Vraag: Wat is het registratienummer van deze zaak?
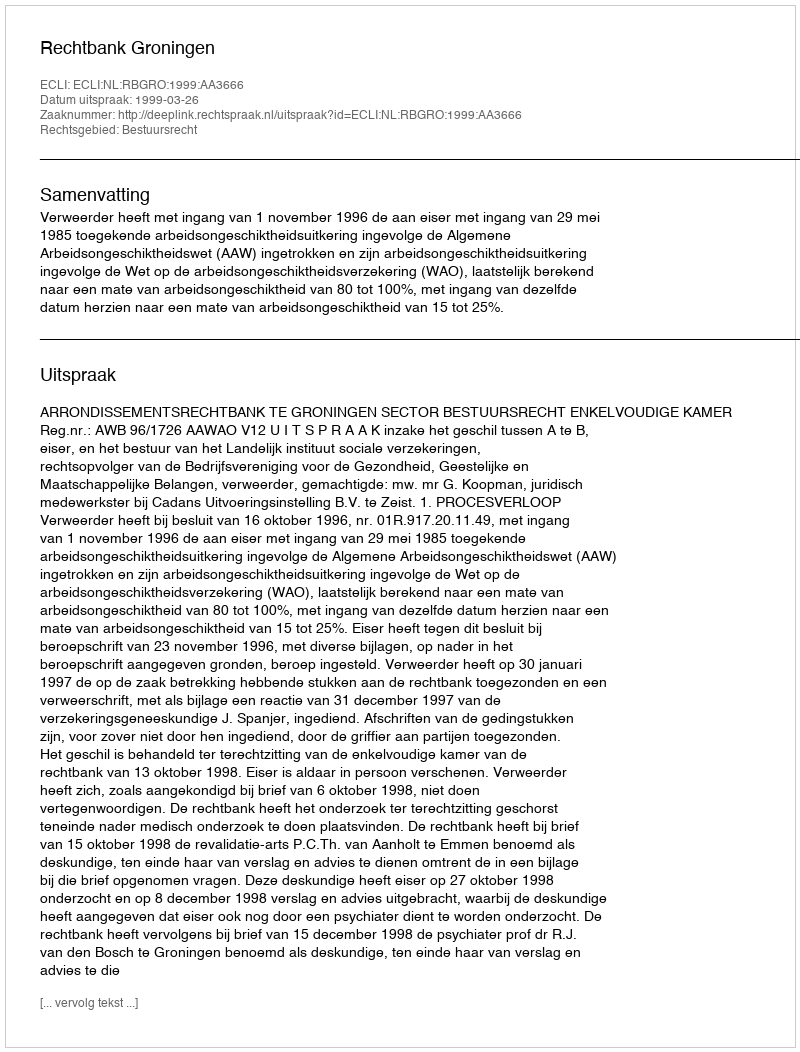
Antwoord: http://deeplink.rechtspraak.nl/uitspraak?id=ECLI:NL:RBGRO:1999:AA3666